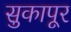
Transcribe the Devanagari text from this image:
सुकापूर